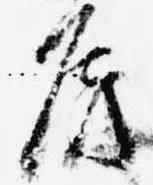
房